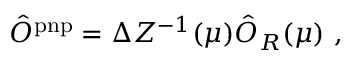
\hat { O } ^ { \mathrm { p n p } } = \Delta Z ^ { - 1 } ( \mu ) \hat { O } _ { R } ( \mu ) \ ,